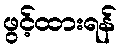
ဖွင့်ထားရန်